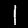
Label: 1